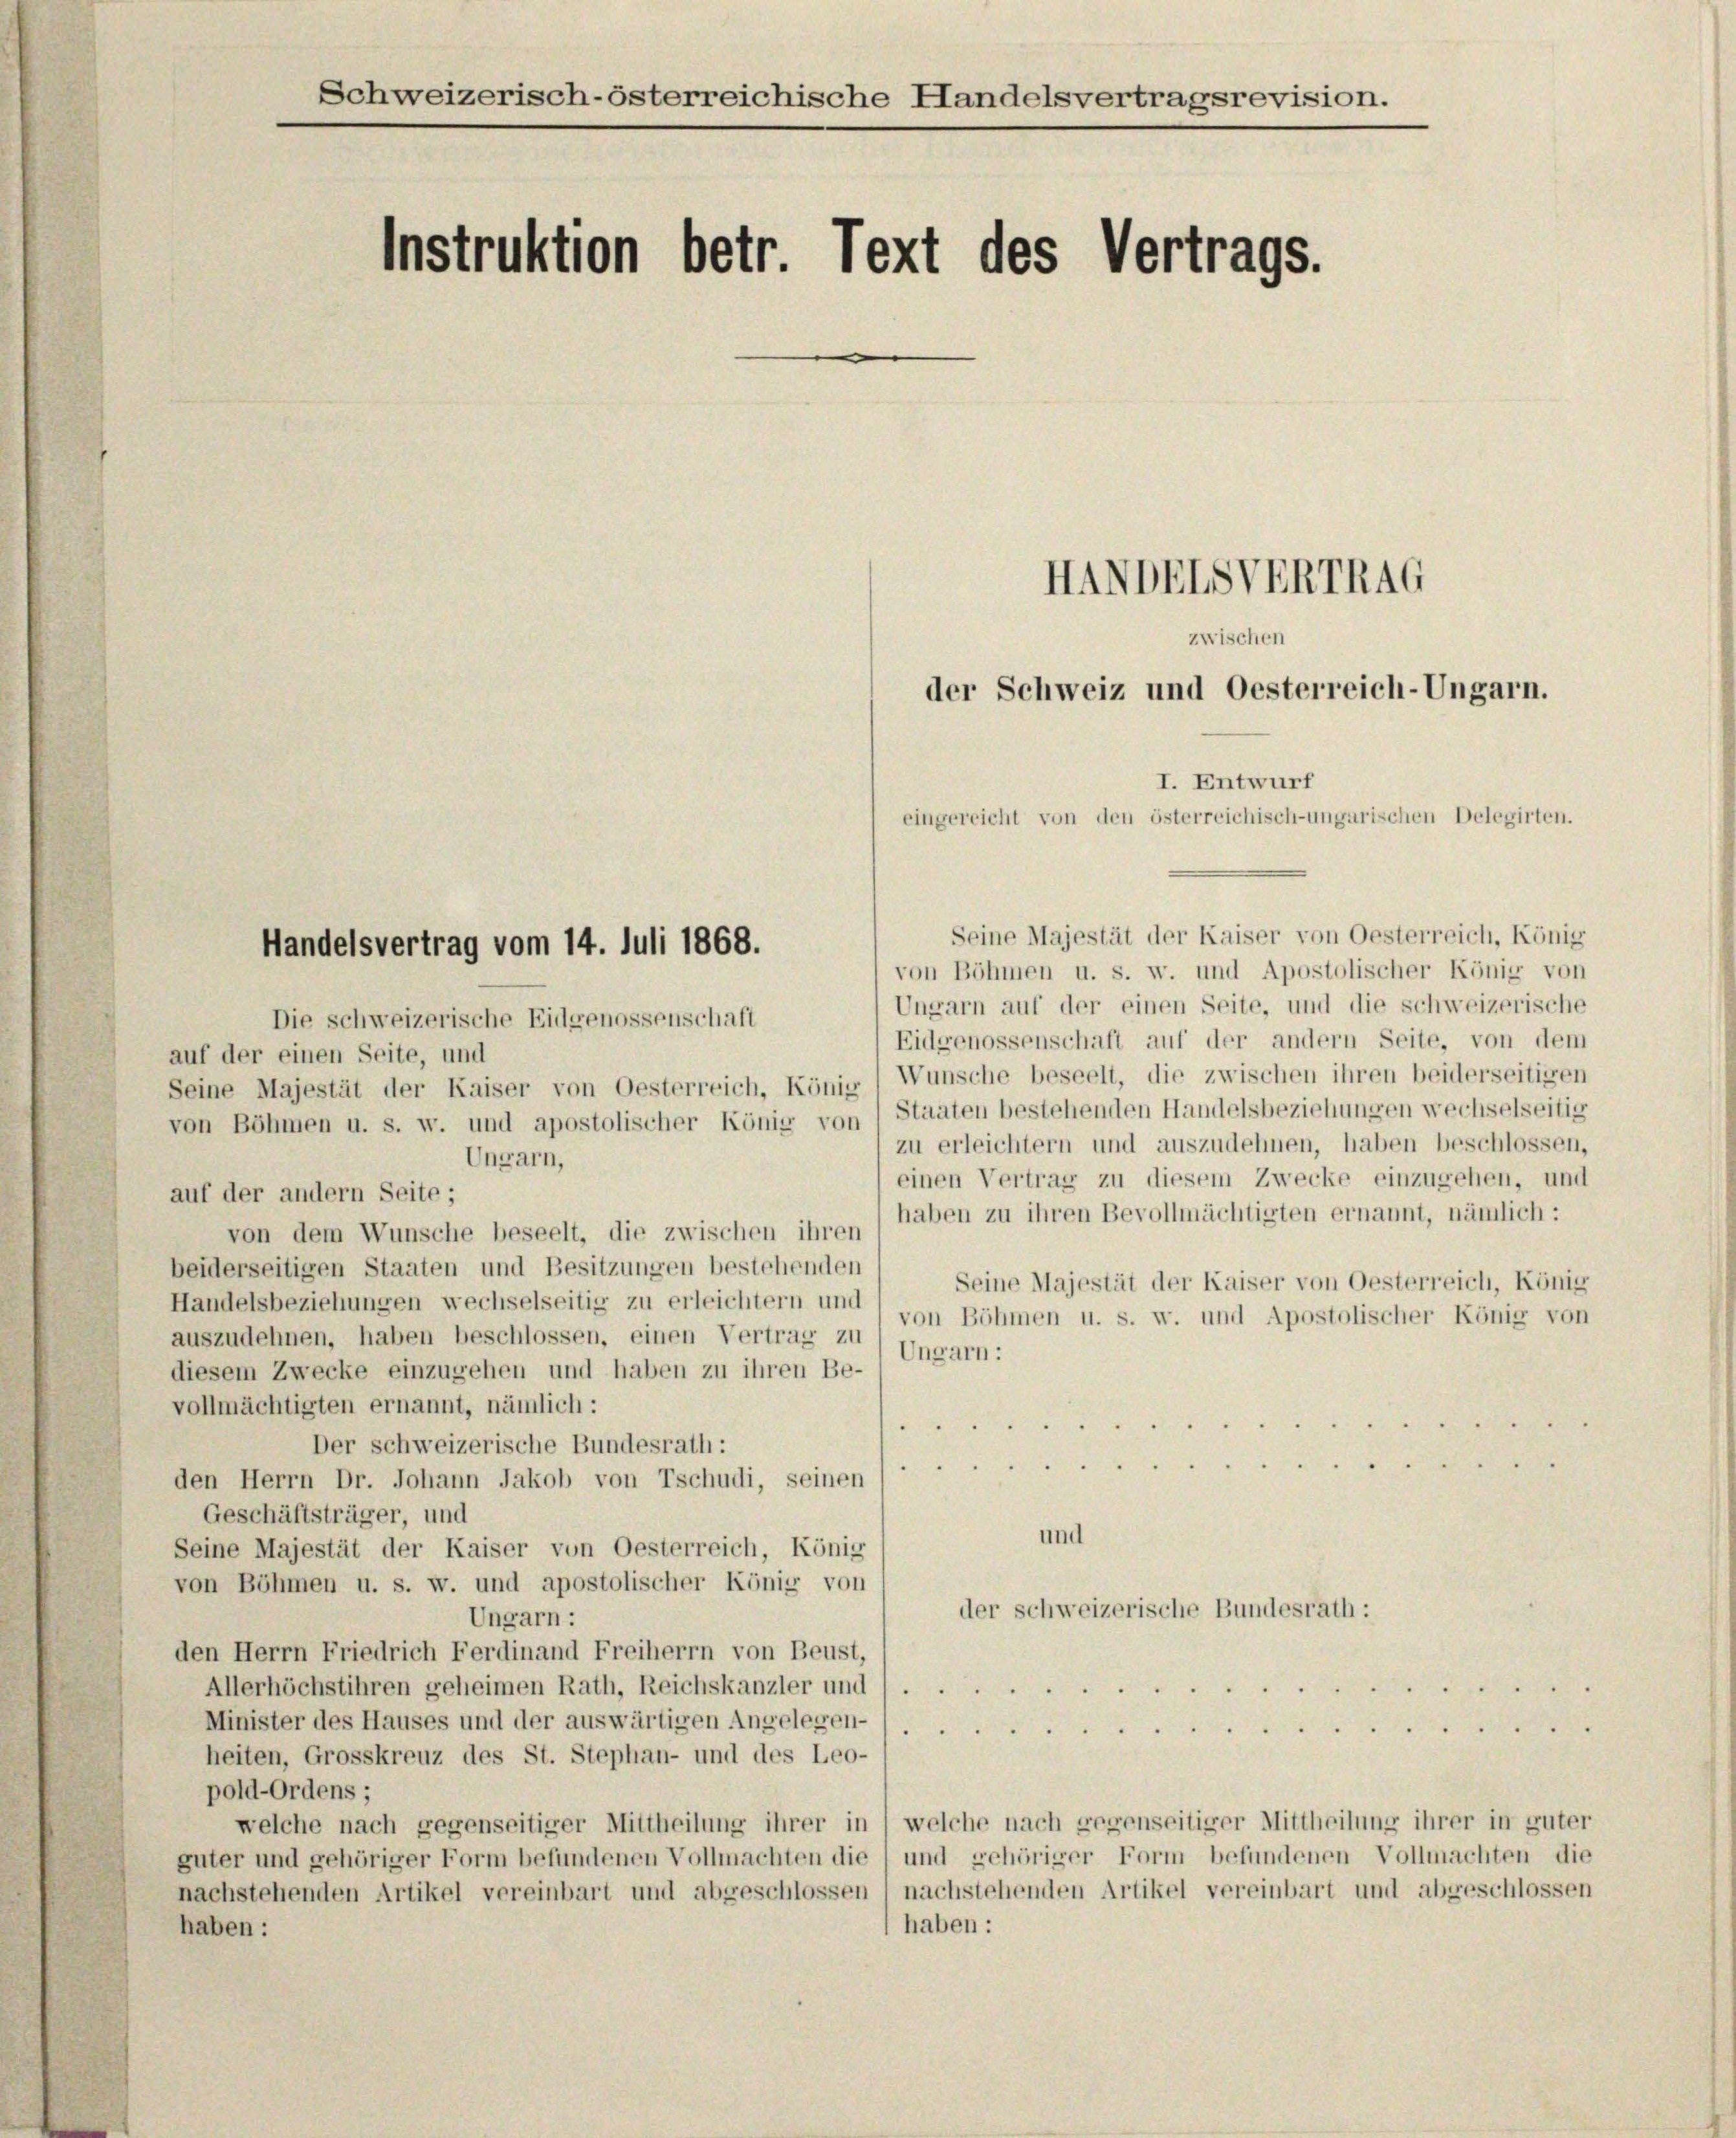
Schweizerisch-österreichische Handelsvertragsrevision.
Instruktion betr. Text des Vertrags.
HANDELSVERTRAG
zwischen
der Schweiz und Oesterreich-Ungarn.
I. Entwurf
eingereicht von den österreichisch-ungarischen Delegirten.

Seine Majestät der Kaiser von Oesterreich, König
Ungarn auf der einen Seite, und die schweizerische
Die schweizerische Eidgenossenschaft
Eidgenossenschaft auf der andern Seite, von dem
auf der einen Seite, und
Seine Majestät der Kaiser von Oesterreich, König Wunsche beseelt, die zwischen ihren beiderseitigen
von Böhmen u. s. w. und apostolischer König von 1 Staaten bestehenden Handelsbeziehungen wechselseitig
zu erleichtern und auszudehnen, haben beschlossen,
Ungarn,
einen Vertrag zu diesem Zwecke einzugehen, und
auf der andern Seite;
haben zu ihren Bevollmächtigten ernannt, nämlich:
von dem Wunsche beseelt, die zwischen ihren
beiderseitigen Staaten und Besitzungen bestehenden
Seine Majestät der Kaiser von Oesterreich, König
Handelsbeziehungen wechselseitig zu erleichtern und
von Böhmen u. s. w. und Apostolischer König von
auszudehnen, haben beschlossen, einen Vertrag zu
Ungarn :
diesem Zwecke einzugehen und haben zu ihren Be-
vollmächtigten ernannt, nämlich:
Der schweizerische Bundesrath:
e
den Herrn Dr. Johann Jakob von Tschudi, seinen
Geschäftsträger, und
und
Seine Majestät der Kaiser von Oesterreich, König
von Böhmen u. s. w. und apostolischer König von
der schweizerische Bundesrath:
Ungarn :
den Herrn Friedrich Ferdinand Freiherrn von Beust,
Allerhöchstihren geheimen Rath, Reichskanzler und
Minister des Hauses und der auswärtigen Angelegen-
heiten, Grosskreuz des St. Stephan- und des Leo-
pold-Ordens;
welche nach gegenseitiger Mittheilung ihrer in welche nach gegenseitiger Mittheilung ihrer in guter
güter und gehöriger Form befundenen Vollmachten die und gehöriger Form befundenen Vollmachten die
nachstehenden Artikel vereinbart und abgeschlossen, nachstehenden Artikel vereinbart und abgeschlossen
haben:
haben:

Handelsvertrag vom 14. Juli 1868.
von Böhmen u. s. w. und Apostolischer König von